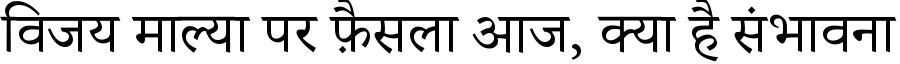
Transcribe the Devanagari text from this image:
विजय माल्या पर फ़ैसला आज, क्या है संभावना